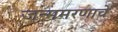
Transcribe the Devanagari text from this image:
जन्ममरणाचे